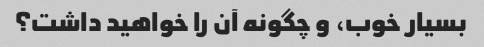
بسیار خوب، و چگونه آن را خواهید داشت؟